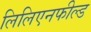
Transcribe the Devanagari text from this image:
लिलिएनफील्ड